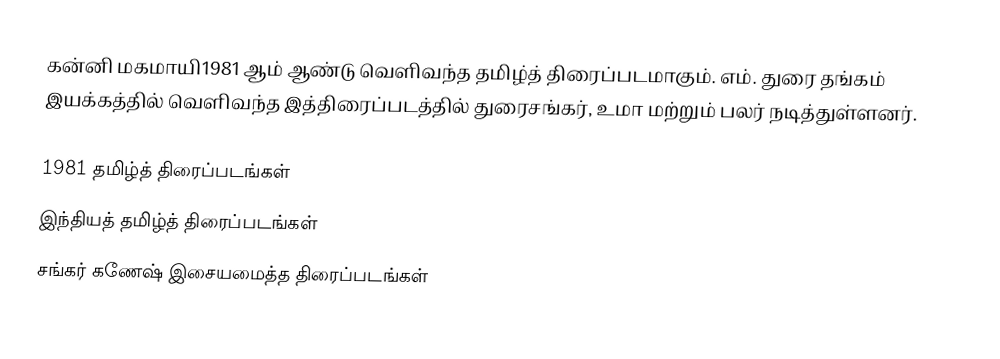
கன்னி மகமாயி1981 ஆம் ஆண்டு வெளிவந்த தமிழ்த் திரைப்படமாகும். எம். துரை தங்கம் இயக்கத்தில் வெளிவந்த இத்திரைப்படத்தில் துரைசங்கர், உமா மற்றும் பலர் நடித்துள்ளனர்.

1981 தமிழ்த் திரைப்படங்கள்
இந்தியத் தமிழ்த் திரைப்படங்கள்
சங்கர் கணேஷ் இசையமைத்த திரைப்படங்கள்